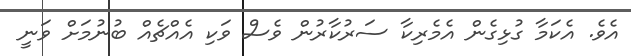
އެވެ. އެކަމާ ގުޅިގެން އެމެރިކާ ސަރުކާރުން ވެސް ވަކި އެއްޗެއް ބުނުމަށް ވަނީ